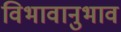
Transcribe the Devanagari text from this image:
विभावानुभाव